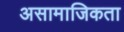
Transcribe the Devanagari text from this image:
असामाजिकता